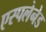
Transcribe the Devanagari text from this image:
एस्पलेनेड